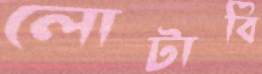
লোটাবি